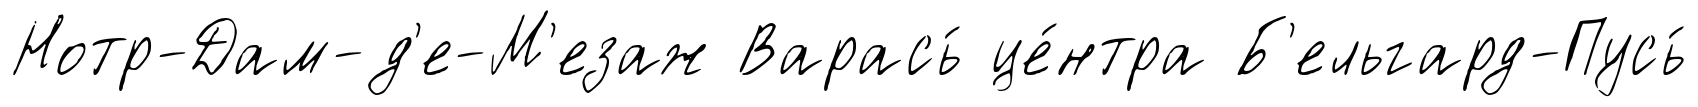
Нотр-Дам-д'е-М'езаж Варась́ це́нтра Б'ельгард-Пусь́